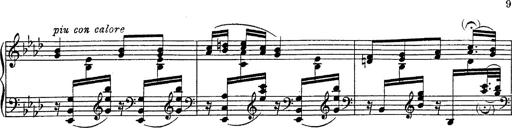
Title: Fantasie Ã¼ber Themen aus Mozarts Figaro und Don Giovanni
Composer: Franz Liszt